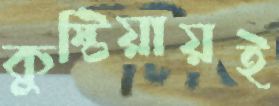
কুষ্টিয়ায়ই